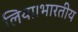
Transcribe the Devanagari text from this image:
लिया।भारतीय